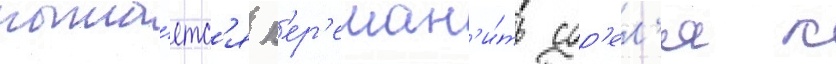
пыта́етс'я п'ер'еман'и́ть сор'ел'я к